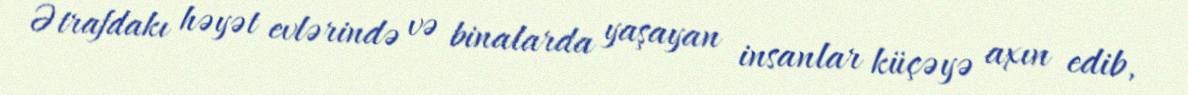
Ətrafdakı həyət evlərində və binalarda yaşayan insanlar küçəyə axın edib,